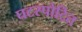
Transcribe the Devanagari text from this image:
घटस्पोटित